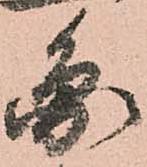
圓